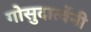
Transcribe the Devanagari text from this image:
गोसुदार्त्वेनी